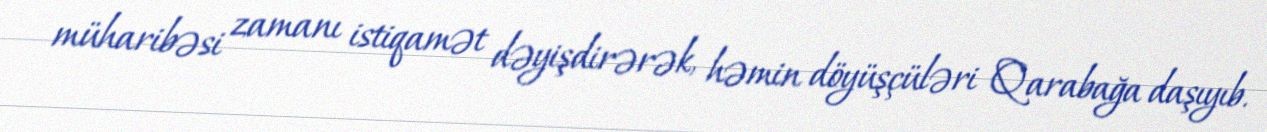
müharibəsi zamanı istiqamət dəyişdirərək, həmin döyüşçüləri Qarabağa daşıyıb.